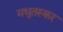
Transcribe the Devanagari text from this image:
मधुतस्कर